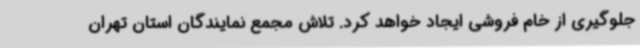
جلوگیری از خام فروشی ایجاد خواهد کرد. تلاش مجمع نمایندگان استان تهران